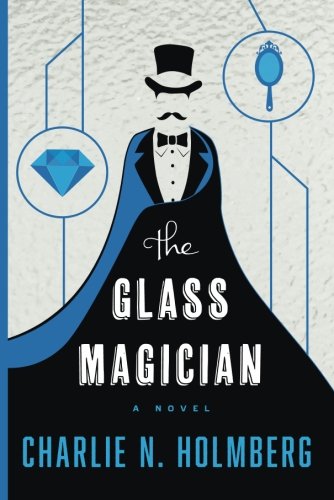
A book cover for The Glass Magician (The Paper Magician Series); Charlie N. Holmberg; Science Fiction & Fantasy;